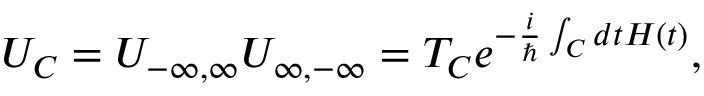
U _ { C } = U _ { - \infty , \infty } U _ { \infty , - \infty } = T _ { C } e ^ { - \frac { i } { \hbar } \int _ { C } d t H ( t ) } ,